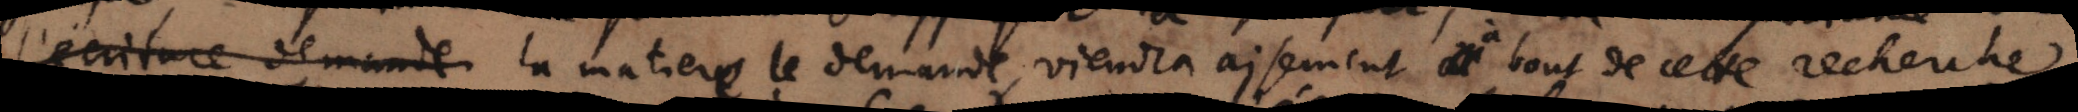
l’écriture demade la matiere le demande viendra aisement à bout de ces recherche .